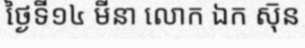
ថ្ងៃទី១៤ មីនា លោក ឯក សុ៑ន